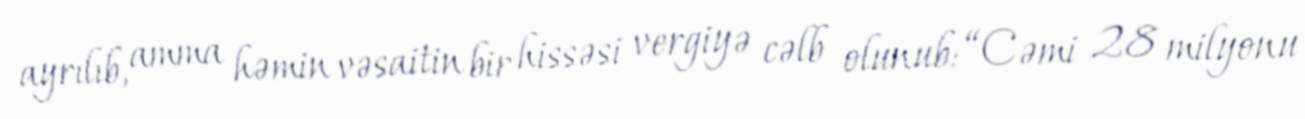
ayrılıb, amma həmin vəsaitin bir hissəsi vergiyə cəlb olunub: “Cəmi 28 milyonu